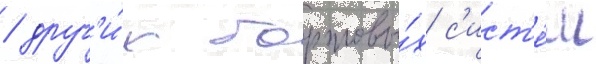
/ друг'и́х бортовы́х с'ист'е́м